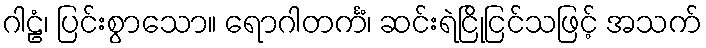
ဂါဠံ၊ ပြင်းစွာသော။ ရောဂါတင်္ကံ၊ ဆင်းရဲငြိုငြင်သဖြင့် အသက်